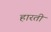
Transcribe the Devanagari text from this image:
हारती